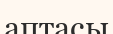
аптасы